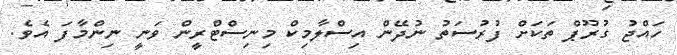
ހައްޖު ގުރޫޕް ތަކަށް ފުރުސަތު ނުދޭން އިސްލާމިކް މިނިސްޓްރީން ވަނީ ނިންމާފަ އެވެ.